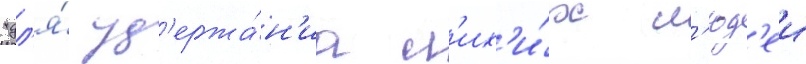
"дл'я́ уд'ержа́н'иа л'их'и́х л'юд'еи